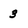
Character: 3